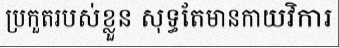
ប្រកួតរបស់ខ្លួន សុទ្ធតែមានកាយវិការ